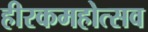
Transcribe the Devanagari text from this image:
हीरकमहोत्सव